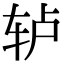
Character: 轳